Leaving Certificate Examination, 1914
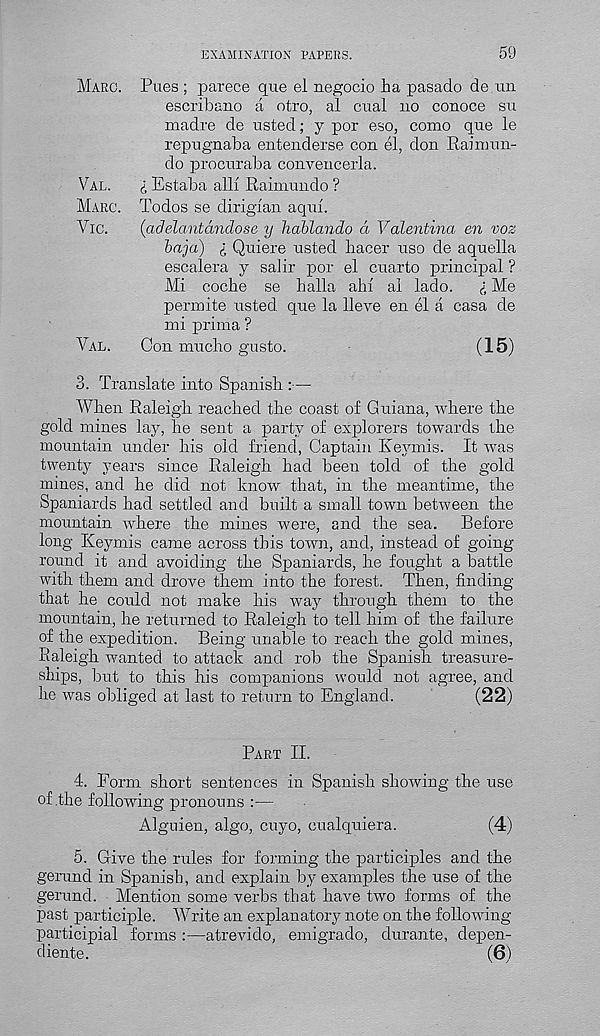
EXAMINATION PAPERS.
59
Marc. Pties ; parece que el negocio ha pasado de.un
escribano a otro, al cual no conoce su
madre de Listed; y por eso, como que le
repognaba entenderse con el, don Rainran-
do procuraba convencerla.
Val.
I Estaba alb Raimnndo ?
Marc. Todos se dirigian aqnl.
Vic.
(adelantandose y hablando d Valentina en voz
baja) i Quiere listed hacer nso de aquella
escalera y salir por el cuarto principal ?
Mi coche se halla ahi al lado.
(, Me
perroite listed que la 11 eve en el a casa de
mi prima ?
Val.
Con mucho gusto.
(15)
3. Translate into Spanish :—
When Raleigh reached the coast of Guiana, where the
gold mines lay, he sent a party of explorers towards the
mountain under his old friend, Captain Key nils. It was
twenty years since Raleigh had been told of the gold
mines, and he did not know that, in the meantime, the
Spaniards had settled and built a small town between the
mountain where the mines were, and the sea. Before
long Keymis came across this town, and, instead of going
round it and avoiding the Spaniards, he fought a battle
with them and drove them into the forest. Then, finding
that he could not make his way through them to the
mountain, he returned to Raleigh to tell him of the failure
of the expedition. Being unable to reach the gold mines,
Raleigh wanted to attack and rob the Spanish treasure-
ships, but to this his companions would not agree, and
he was obliged at last to return to England.
(22)
Part II.
4. Form short sentences in Spanish showing the use
of the following pronouns :—
Alguien, algo, cuyo, cualquiera.
(4)
5. Give the rules for forming the participles and the
gerund in Spanish, and explain by examples the use of the
gerund. Mention some verbs that have two forms of the
past participle. Write an explanatory note on the following-
participial forms :—atrevido, emigrado, durante, depen-
diente.
(6)